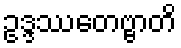
ဥဒ္ဒဿေတဗ္ဗာတိ